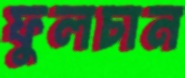
ফুলচান